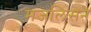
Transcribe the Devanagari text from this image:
मजलिसने